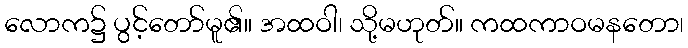
လောက၌ ပွင့်တော်မူ၏။ အထဝါ၊ သို့မဟုတ်။ ကထကာဝမနတော၊